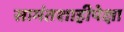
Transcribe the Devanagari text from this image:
सामंतशाहीपेक्षा